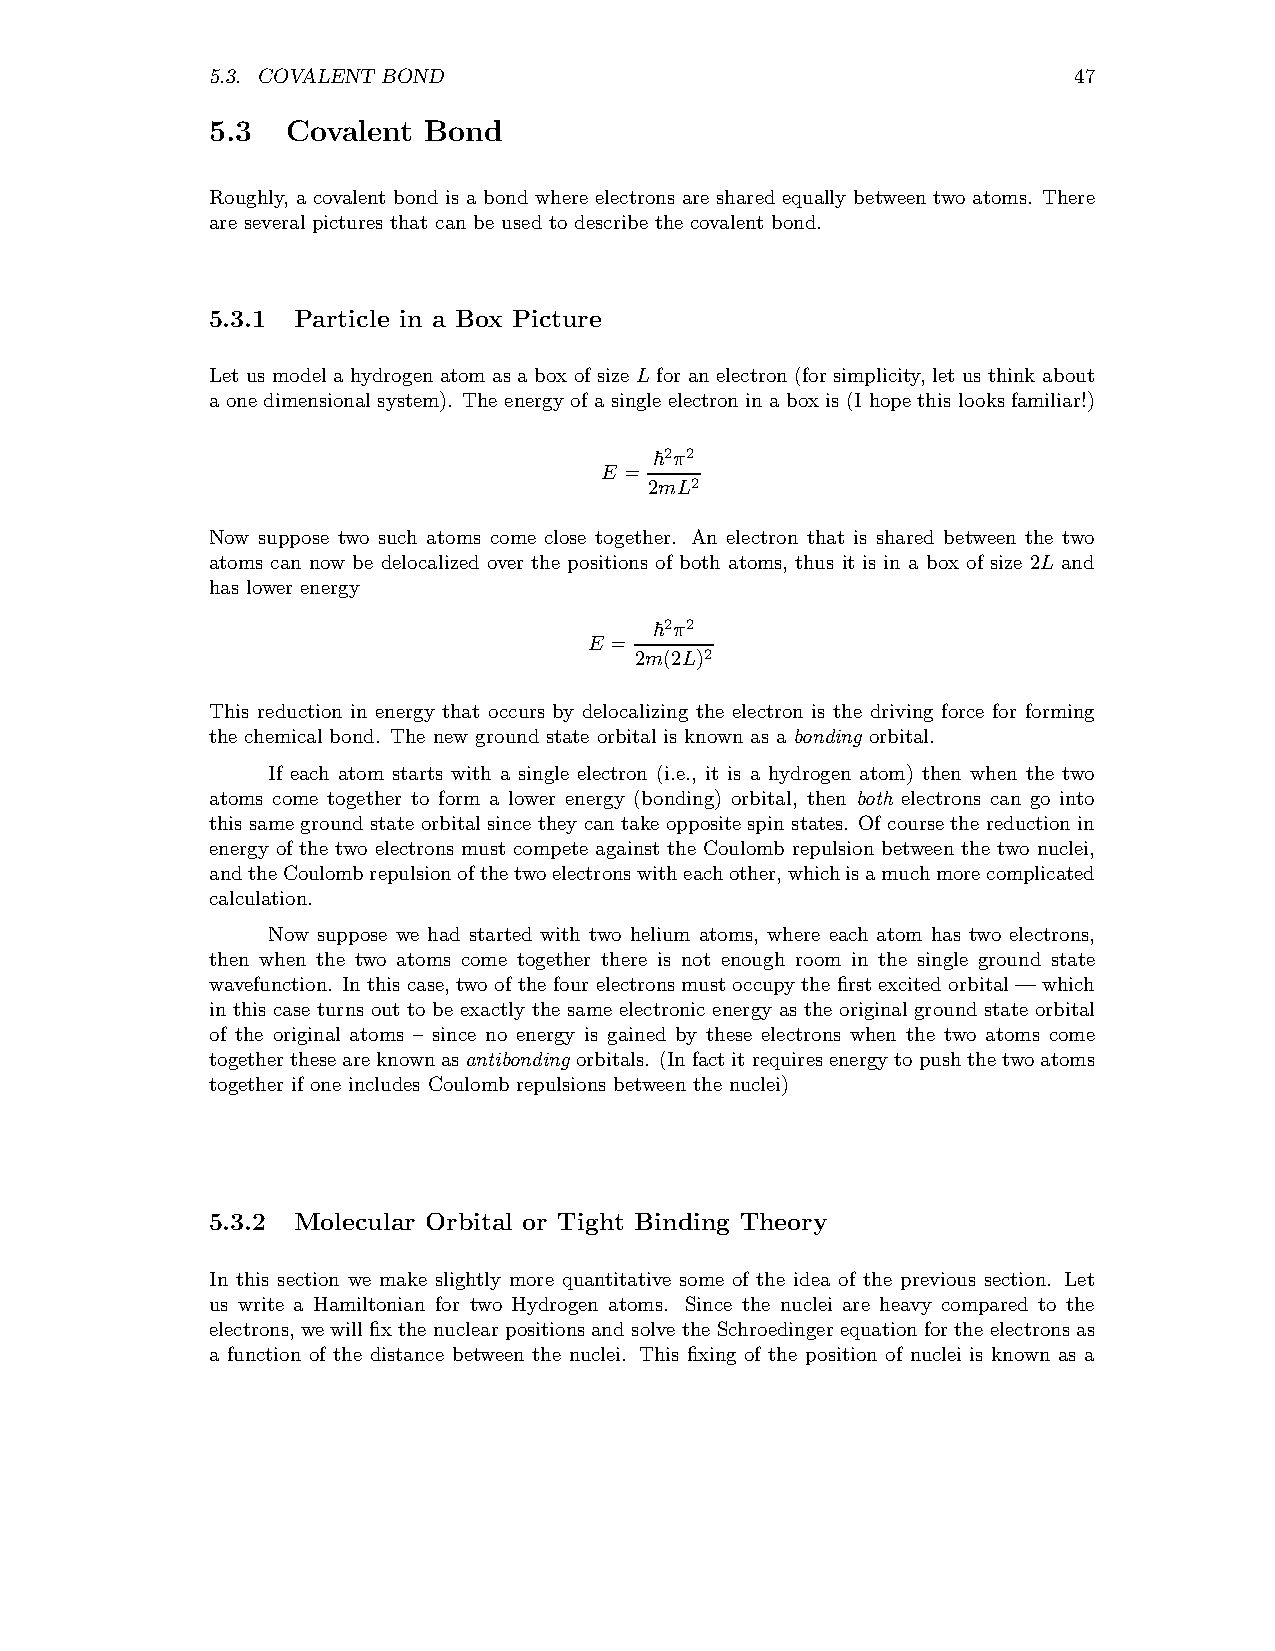
5.3. COVALENT BOND                                       47
 5.3  Covalent Bond
 Roughly, a covalent bond is a bond where electrons are shared equally between two atoms. There
 are several pictures that can be used to describe the covalent bond.
 5.3.1 Particle in a Box Picture
 Let us model a hydrogenatom as a box of size L for anelectron (for simplicity, let us think about
 a one dimensional system). The energy of a single electronin a box is (I hope this looks familiar!)
 ~2π2
 E =
 2mL2
 Now suppose two such atoms come close together. An electron that is shared between the two
 atoms can now be delocalized over the positions of both atoms, thus it is in a box of size 2L and
 has lower energy
 ~2π2
 E =
 2m(2L)2
 This reduction in energy that occurs by delocalizing the electron is the driving force for forming
 the chemical bond. The new ground state orbital is known as a bonding orbital.
 If each atom starts with a single electron (i.e., it is a hydrogen atom) then when the two
 atoms come together to form a lower energy (bonding) orbital, then both electrons can go into
 this same groundstate orbitalsince they cantake opposite spin states. Of coursethe reductionin
 energy of the two electrons must compete against the Coulomb repulsion between the two nuclei,
 andtheCoulombrepulsionofthetwoelectronswitheachother,whichisamuchmorecomplicated
 calculation.
 Now suppose we had started with two helium atoms, where each atom has two electrons,
 then when the two atoms come together there is not enough room in the single ground state
 wavefunction. Inthis case,two ofthe four electronsmustoccupythe firstexcitedorbital—which
 in this case turns out to be exactly the same electronic energy as the originalground state orbital
 of the original atoms – since no energy is gained by these electrons when the two atoms come
 togethertheseareknownasantibondingorbitals. (Infactitrequiresenergytopushthetwoatoms
 together if one includes Coulomb repulsions between the nuclei)
 5.3.2 Molecular Orbital or Tight Binding Theory
 In this section we make slightly more quantitative some of the idea of the previous section. Let
 us write a Hamiltonian for two Hydrogen atoms. Since the nuclei are heavy compared to the
 electrons,we willfix the nuclearpositions andsolvethe Schroedingerequationforthe electronsas
 a function of the distance between the nuclei. This fixing of the position of nuclei is known as a